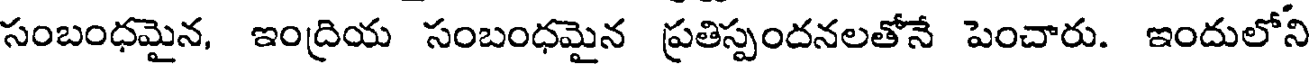
సంబంధమైన, ఇంద్రియ సంబంధమైన ప్రతిస్పందనలతోనే పెంచారు. ఇందులోని